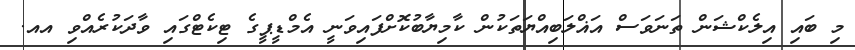
މި ބައި އިލެކްޝަން ތަނަވަސް އަޣްލަބިއްޔަތަކުން ކާމިޔާބުކޮށްފައިވަނީ އެމްޑީޕީގެ ޓިކެޓްގައި ވާދަކުރެއްވި އއ.